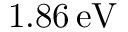
1 . 8 6 \, \mathrm { e V }